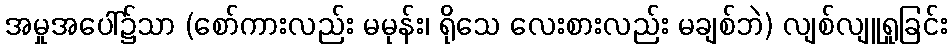
အမှုအပေါ်၌သာ (စော်ကားလည်း မမုန်း၊ ရိုသေ လေးစားလည်း မချစ်ဘဲ) လျစ်လျူရှုခြင်း